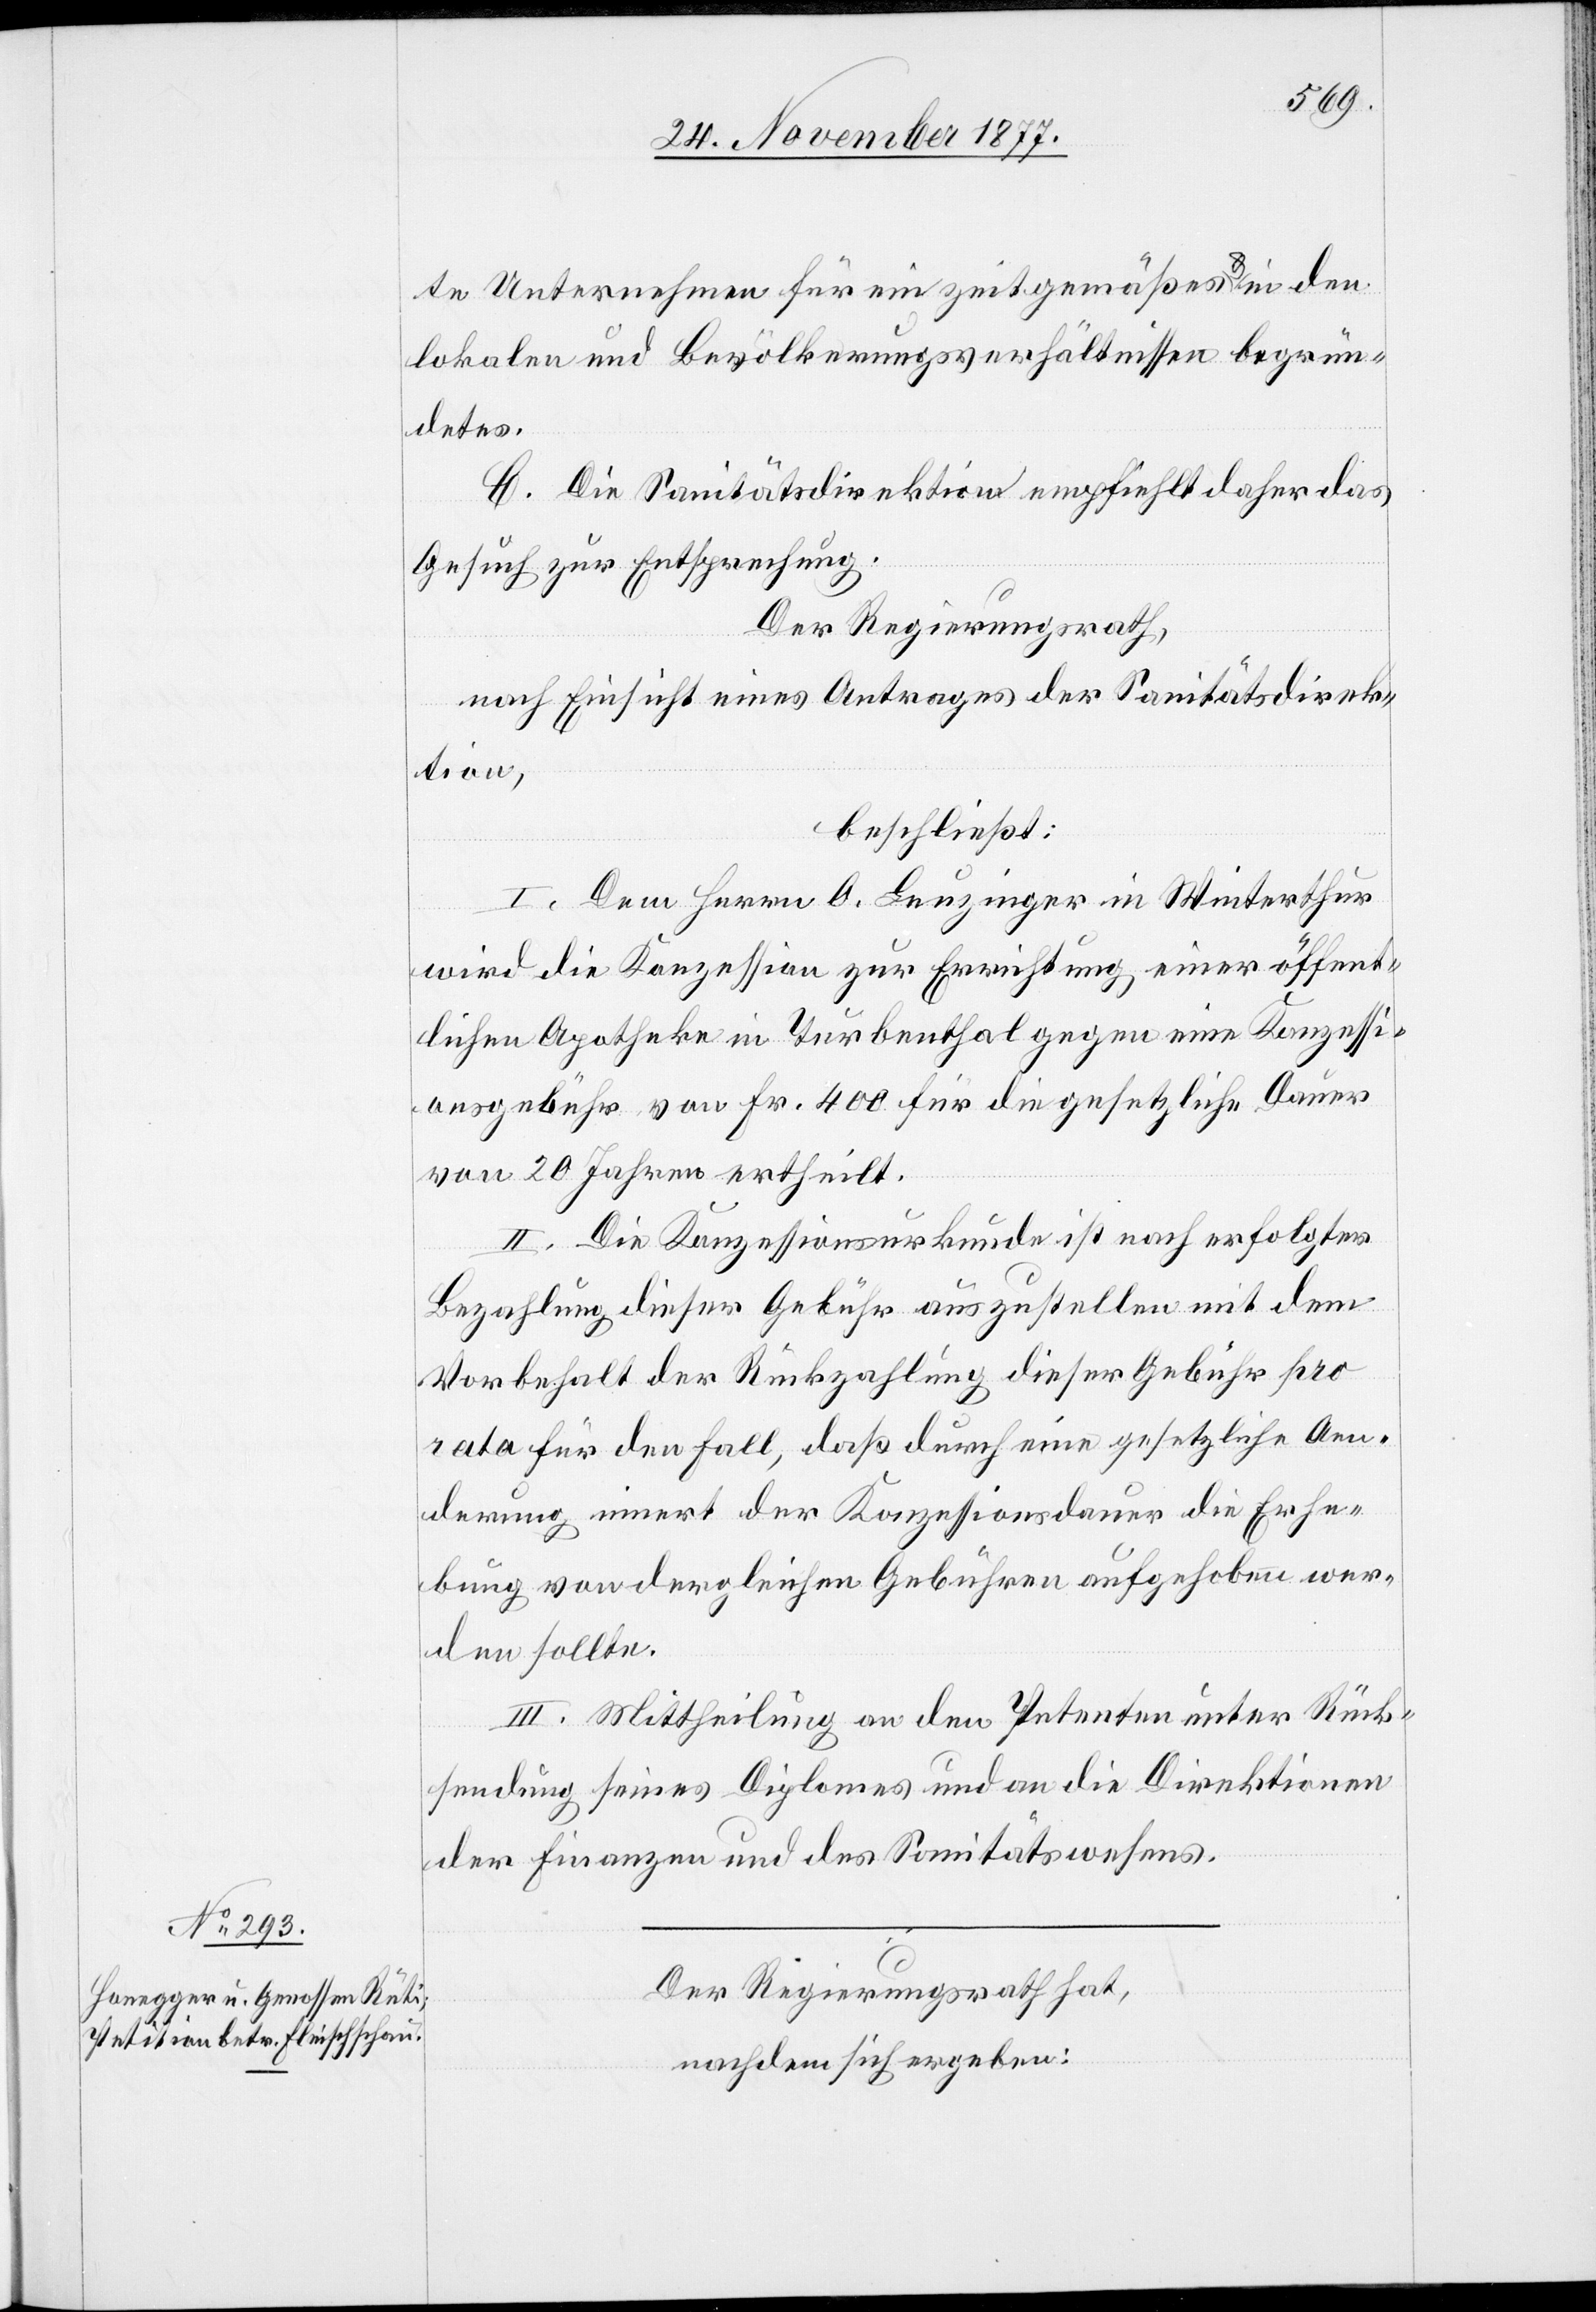
te Unternehmen für ein zeitgemäßes & in den
lokalen und Bevölkerungsverhältnissen begrün¬
detes.
C. Die Sanitätsdirektion empfiehlt daher das
Gesuch zur Entsprechung.
Der Regierungsrath,
nach Einsicht eines Antrages der Sanitätsdirek¬
tion,
beschließt:
I. Dem Herrn O. Leuzinger in Winterthur
wird die Konzession zur Errichtung einer öffent¬
lichen Apotheke in Turbenthal gegen eine Konzessi¬
onsgebühr von Fr. 400 für die gesetzliche Dauer
von 20 Jahren ertheilt.
II. Die Konzessionsurkunde ist nach erfolgter
Bezahlung dieser Gebühr auszustellen mit dem
Vorbehalt der Rückzahlung dieser Gebühr pro
rata für den Fall, daß durch eine gesetzliche Aen¬
derung innert der Konzessionsdauer die Erhe¬
bung von dergleichen Gebühren aufgehoben wer¬
den sollte.
III. Mittheilung an den Petenten unter Rück¬
sendung seines Diplomes und an die Direktionen
der Finanzen und des Sanitätswesens.
Der Regierungsrath hat,
nachdem sich ergeben: